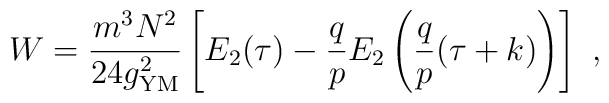
W = {m^3N^2\over 24 g_{{\rm YM}}^2}\left[E_2(\tau) -{q\over p}E_2\left({q\over p}(\tau+k)\right)\right]\ ,